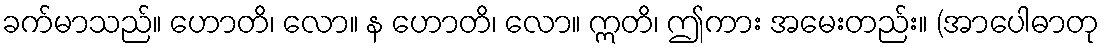
ခက်မာသည်။ ဟောတိ၊ လော။ န ဟောတိ၊ လော။ ဣတိ၊ ဤကား အမေးတည်း။ (အာပေါဓာတု